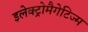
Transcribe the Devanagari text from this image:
इलेक्ट्रोमैगेटिज्म